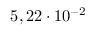
5 , 2 2 \cdot 1 0 ^ { - 2 }